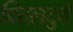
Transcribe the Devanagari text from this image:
चितलदुर्ग